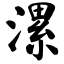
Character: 漯